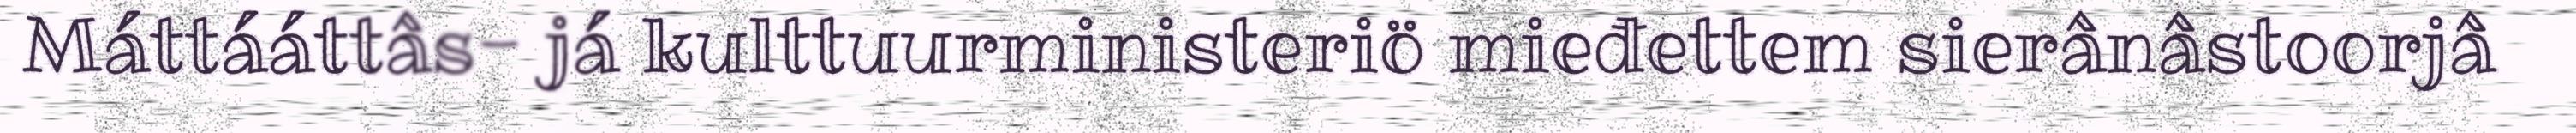
Máttááttâs- já kulttuurministeriö mieđettem sierânâstoorjâ